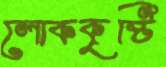
লোককৃষ্টি